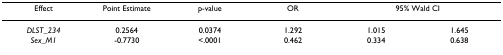
| Effect | Point Estimate | p-value | OR | <COLSPAN=2> 95% Wald CI |
 | --- | --- | --- | --- | --- | --- |
 | DLST_234 | 0.2564 | 0.0374 | 1.292 | 1.015 | 1.645 |
 | Sex_M1 | -0.7730 | <.0001 | 0.462 | 0.334 | 0.638 |